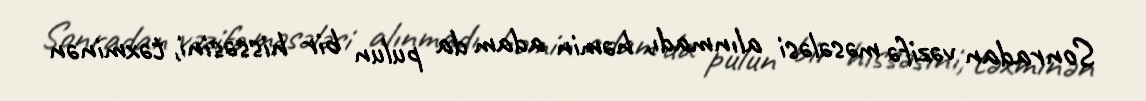
Sonradan vəzifə məsələsi alınmadı, həmin adam da pulun bir hissəsini, təxminən